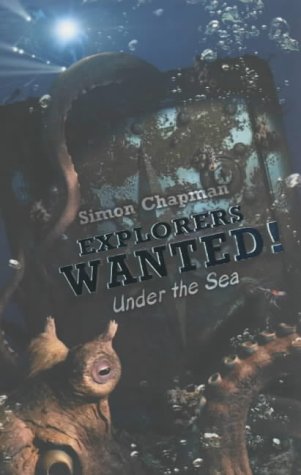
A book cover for Explorers Wanted!: Under the Sea; Simon Chapman; Teen & Young Adult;